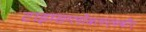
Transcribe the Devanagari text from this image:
टाइम्सग्लोबलएमबीए